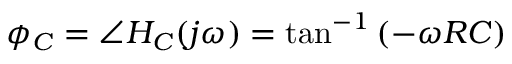
\phi _ { C } = \angle H _ { C } ( j \omega ) = \tan ^ { - 1 } \left( - \omega R C \right)